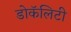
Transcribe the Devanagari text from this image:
डोकॅलिटी